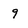
Character: 9